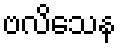
ဗလိသေန